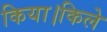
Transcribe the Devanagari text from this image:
किया।किले